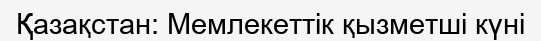
Қазақстан: Мемлекеттік қызметші күні